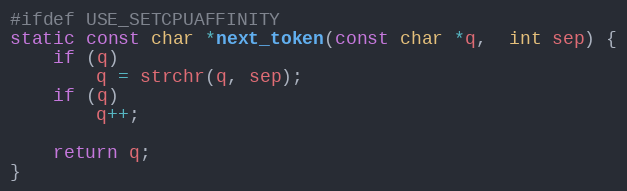
Language: C
#ifdef USE_SETCPUAFFINITY
static const char *next_token(const char *q,  int sep) {
    if (q)
        q = strchr(q, sep);
    if (q)
        q++;

    return q;
}